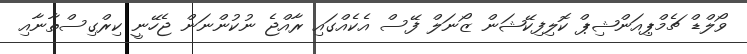
ވޯލްޑް ޗެމްޕިއަންޝިޕް ކޮލިފިކޭޝަން ޒޯނަލް ފޭސް އެކެއްގައި ރާއްޖެ ނުކުންނަން ޖެހޭނީ ކިރްގިސްތާނާއި